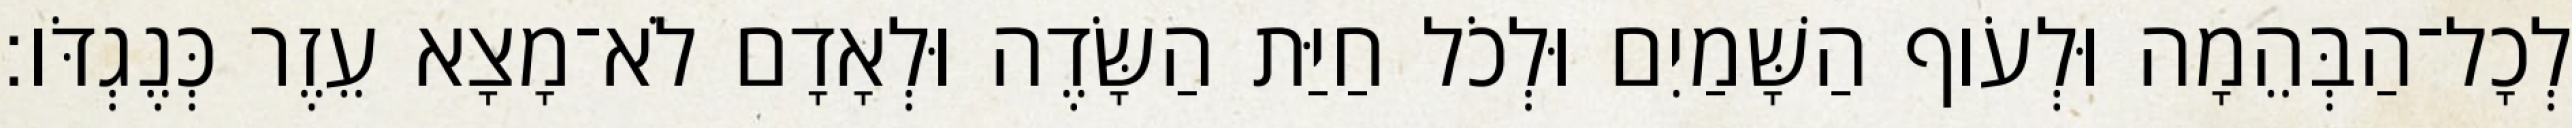
לְכָל־הַבְּהֵמָה וּלְעֹוף הַשָּׁמַיִם וּלְכֹל חַיַּת הַשָּׂדֶה וּלְאָדָם לֹא־מָצָא עֵזֶר כְּנֶגְדֹּו׃